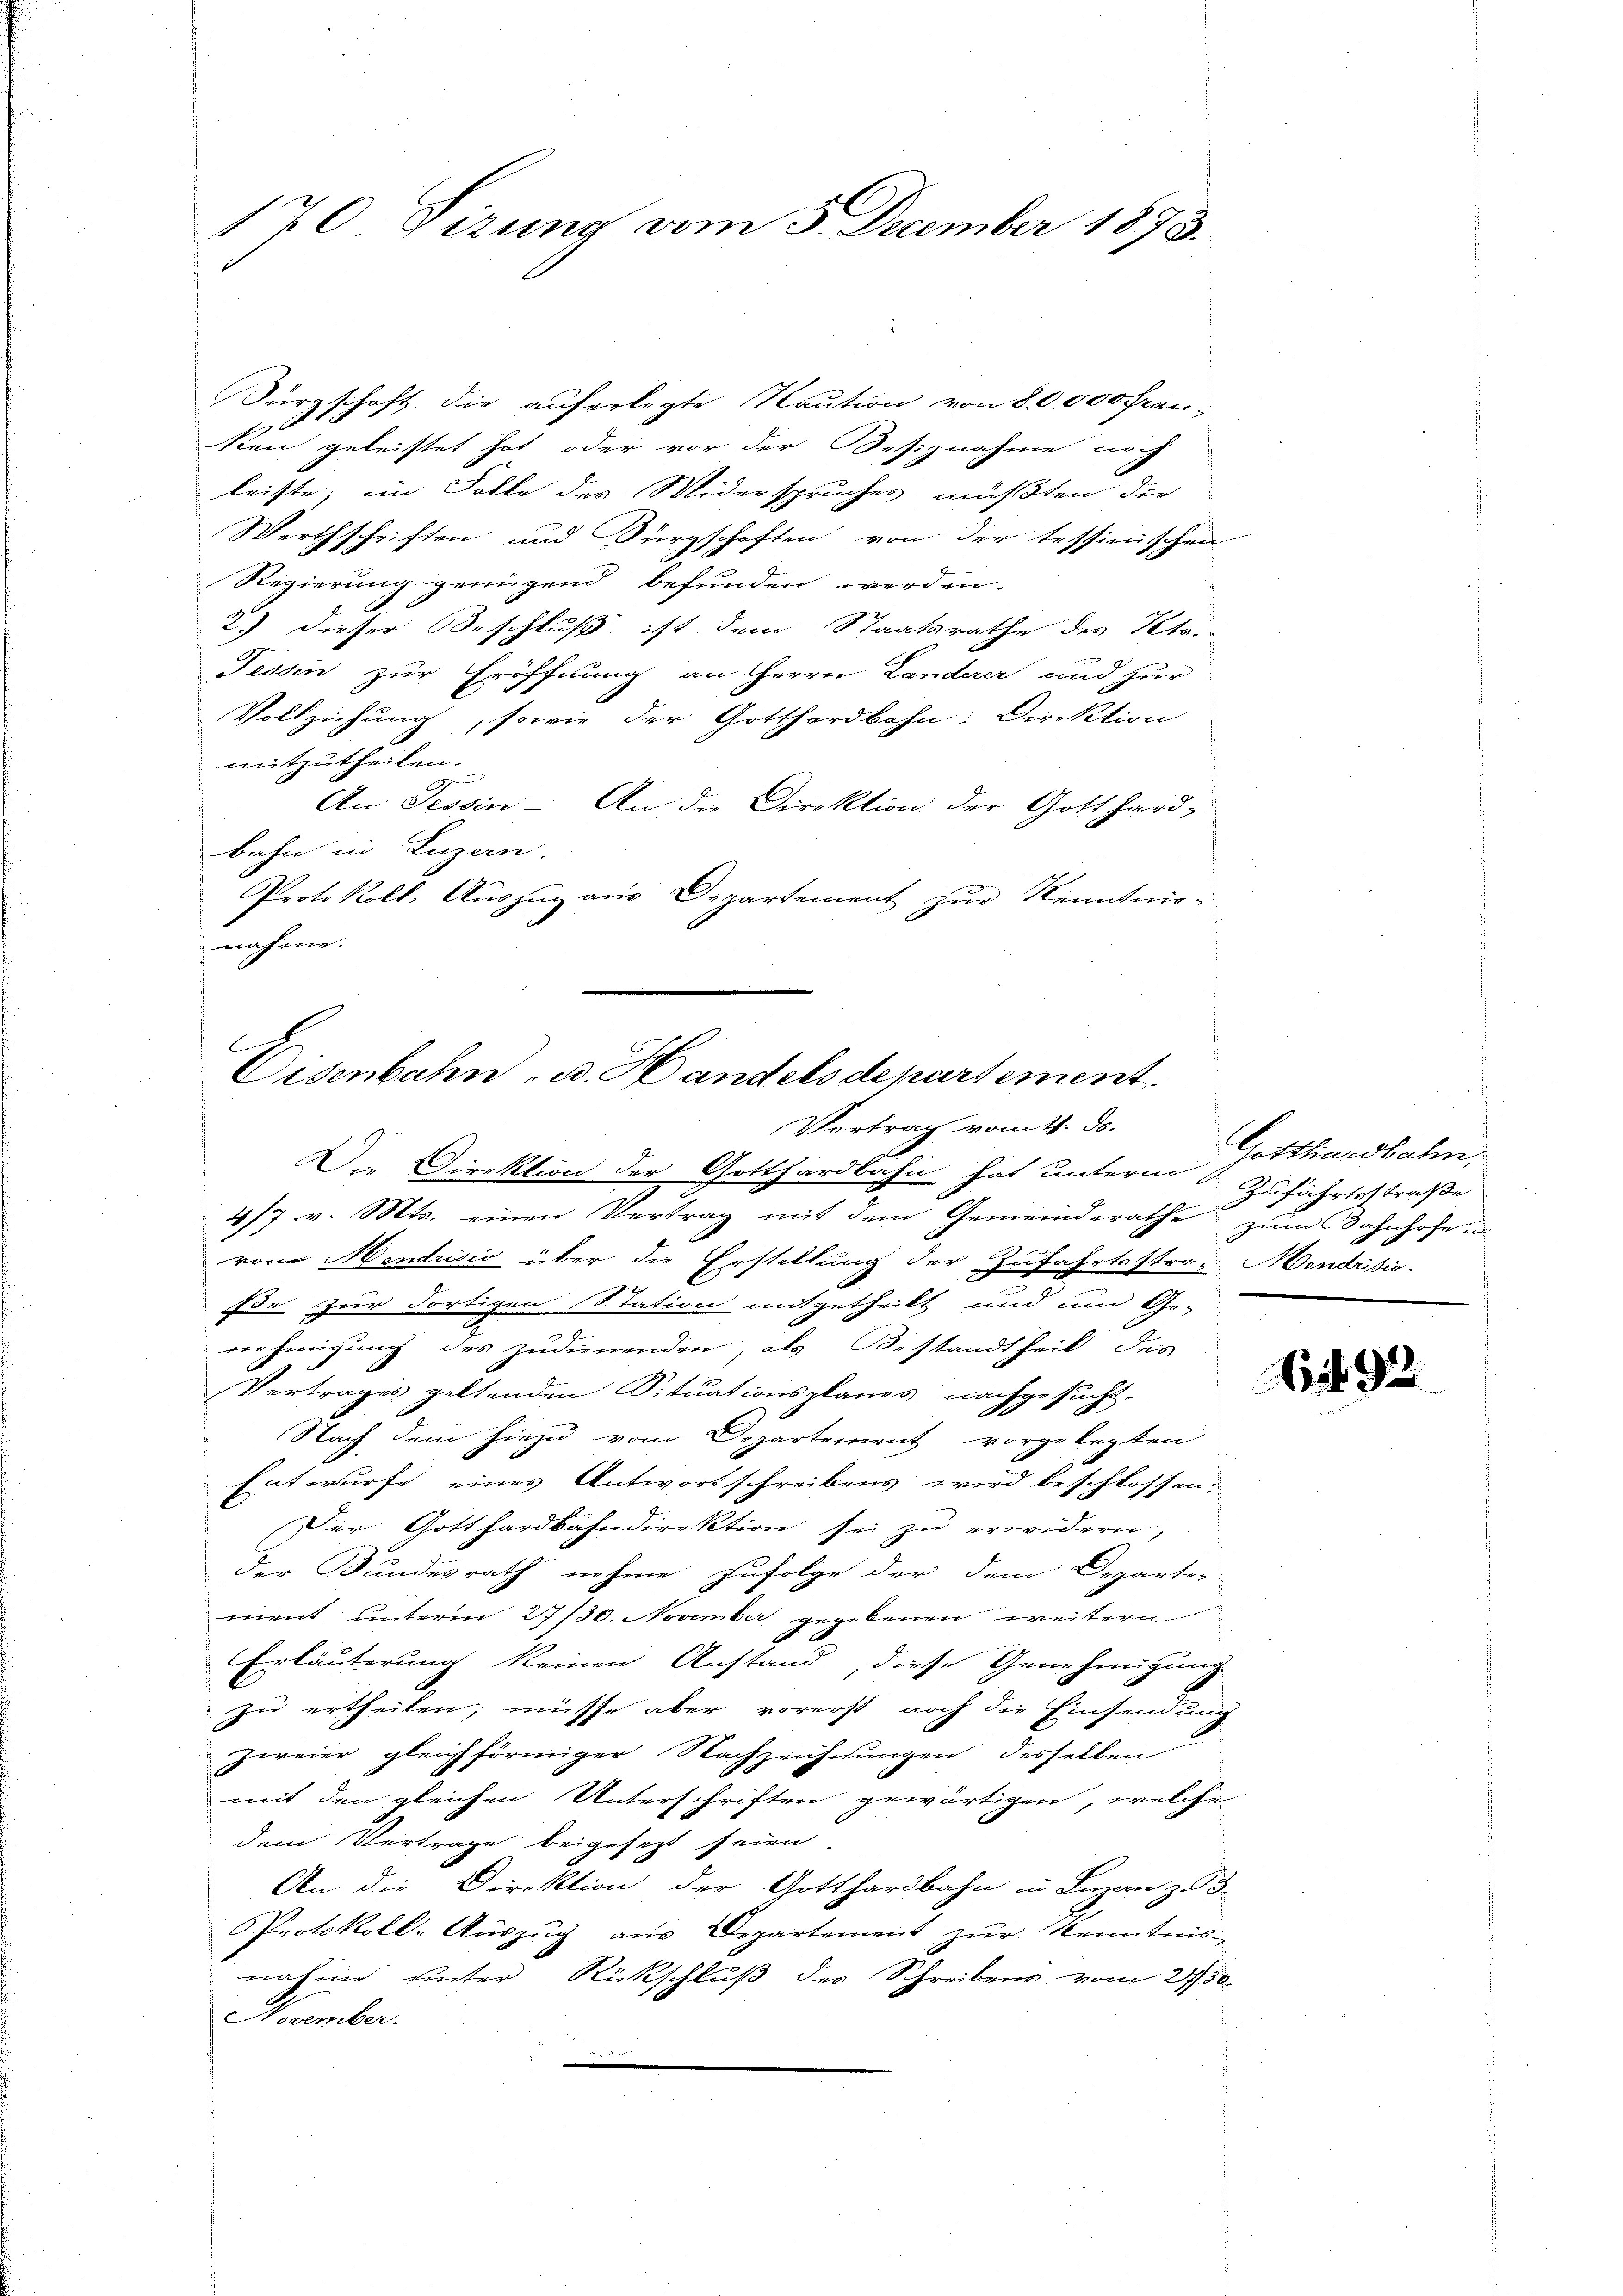
170 Sizung vom 5. December 1873.

Dürgschaft die auferlegte Kaution von 80000 Frau-
ken geleistet hat, oder vor der Besiznahme noch
leiste, im Falle des Widerspruches müßten der
Werthschriften und Bürgschaften von der tessinischen
Regierung genügend befunden werden.
2.) dieser Beschluß ist dem Staatsrathe des Pete
Fessen zur Eröffnung an Herrn Landerer und zur
Vollziehung, sowie der Gotthardbahn: Direktion
mitzutheilen.
An Tessin - An die Direktion der Gotthard-
bahn in Luzern.
Protokoll, Auszug aus Departement zur Kenntnis-
nahme.

Die Direktion der Gotthardbahn hat unterm Gotthardbahn,
417 v. Mts. einen Vertrag mit dem Gemeinderathe zum Bahnhofe un
von Mendrisio über die Erstellung der Zufahrtsstra- Mendrisio
1
ße zur Fortigen Station mitgetheilt und um Ge-
verhinigung des zudienenden, als Bestandtheit des
Vertrages geltenden Situationsplanes nachgesucht.
Nach dem hiezu vom Departement vorgelegten
Entwurfe eines Antwortschreibens wird beschlossen:
Der Gotthardbahndirektion sei zu erwidern,
der Bundesrath nehme zufolge der dem Departe-
ment unterm 27/30. November gegebenen weitern
Erläuterung keinen Anstand, diese Genehmigung
zu ertheilen, müsse aber vorerst noch die Einsendung
zweier gleichförmiger Nachzeichnungen desselben
mit den gleichen Unterschriften gewärtigen, welche
dem Vertrage beigesezt seien.
An die Direktion der Gotthardbahn in Luzern z. B.
Protokoll-Auszug aus Departement zur Kenntnis
nahme unter Rückschluß der Schreibens vom 2450.
November.
.

Eisenbahn - u. Handelsdepartement
Vortrag vom 4. ds.

Zuführtsstraße

92